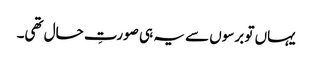
یہاں تو برسوں سے یہ ہی صورتِ حال تھی۔